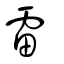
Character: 䨓